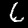
Label: 6